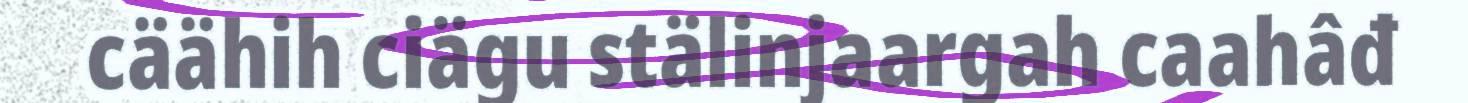
cäähih ciägu stälinjaargah caahâđ